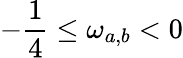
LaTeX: -\frac{1}{4}\leq\omega_{a,b}<0